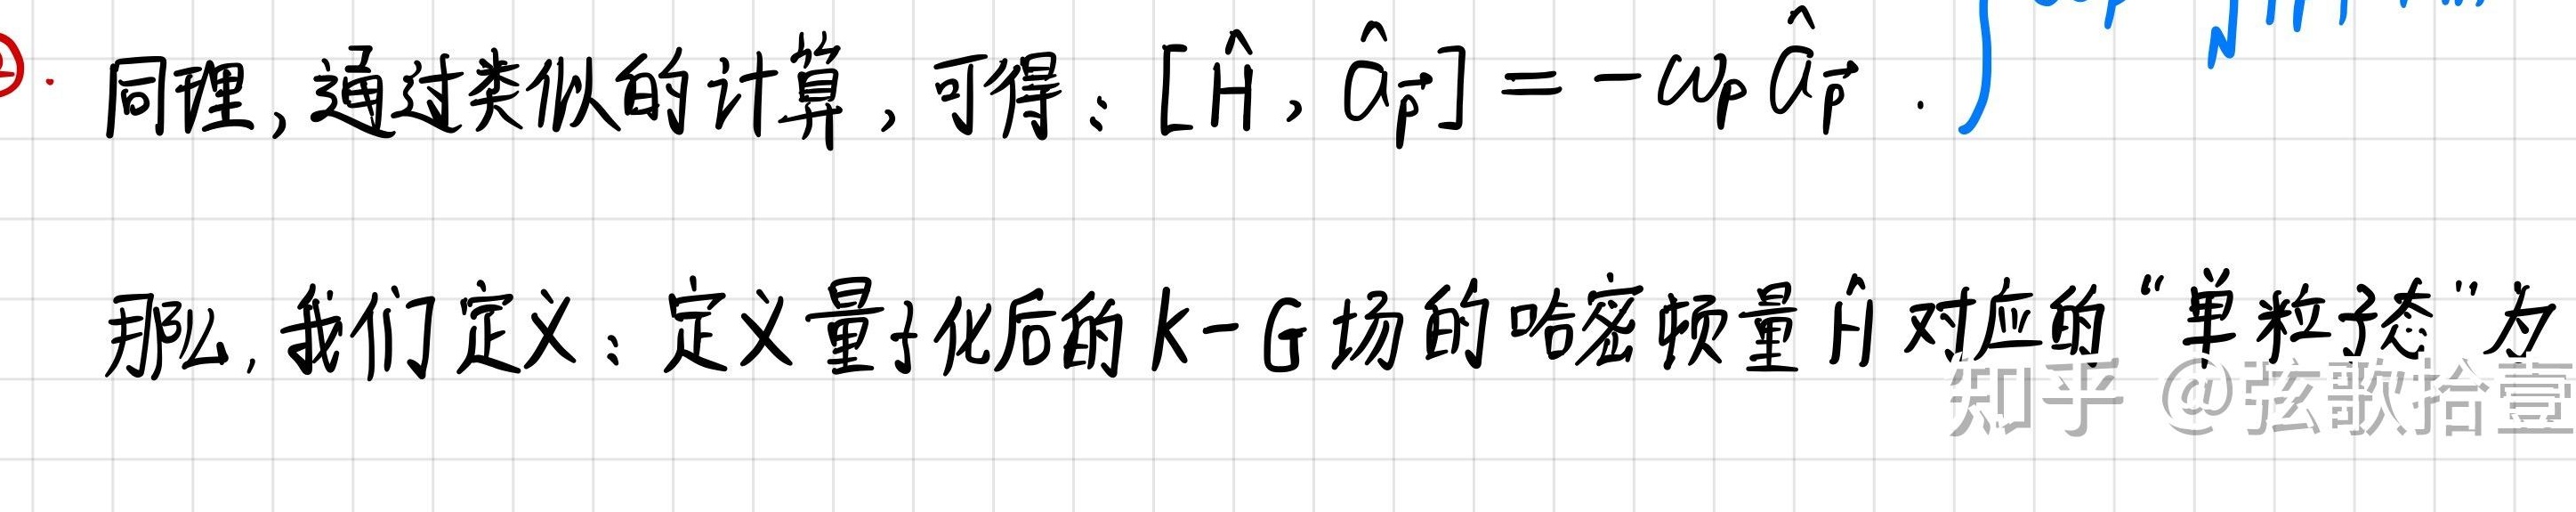
同理, 通过类似的计算, 可得: $[\hat{H}, \hat{a}_{\vec{p}}]=-\omega_{\vec{p}} \hat{a}_{\vec{p}}$.

那么, 我们定义: 定义量子化后的 $k - G$ 场的哈密顿量 $\hat{H}$ 对应的 “单粒子态” 为